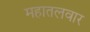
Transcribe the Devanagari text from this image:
महातलवार